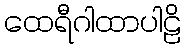
ထေရီဂါထာပါဠိ